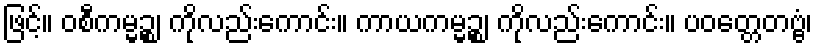
ဖြင့်။ ဝစီကမ္မဉ္စ၊ ကိုလည်းကောင်း။ ကာယကမ္မဉ္စ၊ ကိုလည်းကောင်း။ ပဝတ္တေတဗ္ဗံ၊